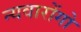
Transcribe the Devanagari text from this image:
न्यवारोंगो